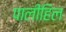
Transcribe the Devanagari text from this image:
पालीहिल